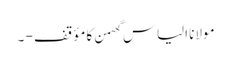
مولانا الیاس گھمن کا مؤقف - ۔